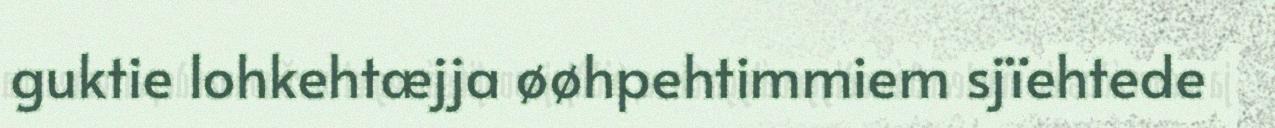
guktie lohkehtæjja øøhpehtimmiem sjïehtede